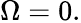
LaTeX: \Omega=0.